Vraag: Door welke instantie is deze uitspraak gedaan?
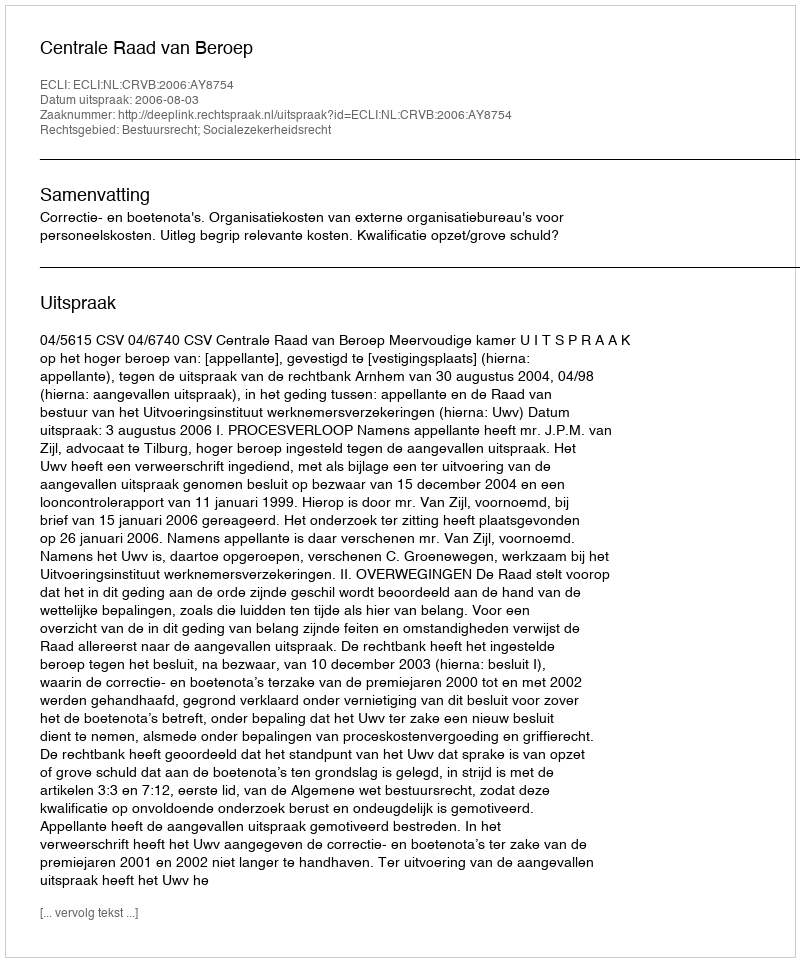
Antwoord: Centrale Raad van Beroep